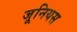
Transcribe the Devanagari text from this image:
जूनियस